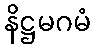
နိဋ္ဌမဂမံ